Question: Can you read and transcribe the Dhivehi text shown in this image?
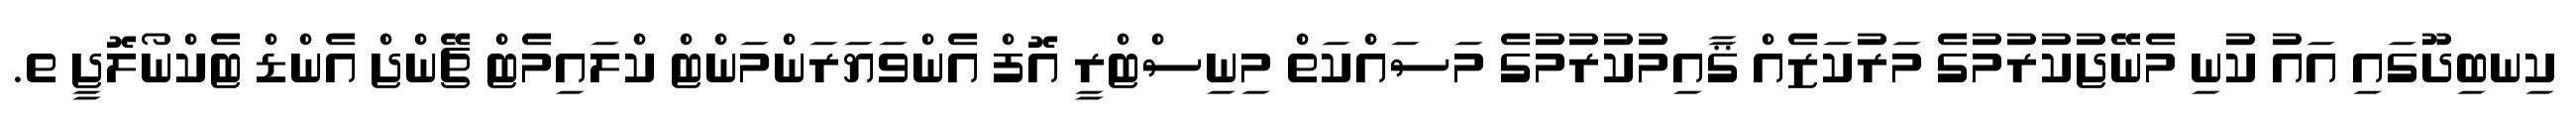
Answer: ކިނބިދޫގައި އައު ކުނި މެނޭޖުކުރުމުގެ މަރުކަޒެއް ޤާއިމުކުރުމުގެ މަސައްކަތް މިނިސްޓްރީ އޮފް އެންވަޔަރަންމަންޓް ކްލައިމެޓް ޗޭންޖް އެންޑް ޓެކްނޯލޮޖީ ތ.